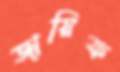
জায়িফ